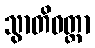
သွာတိဝတ္တာ